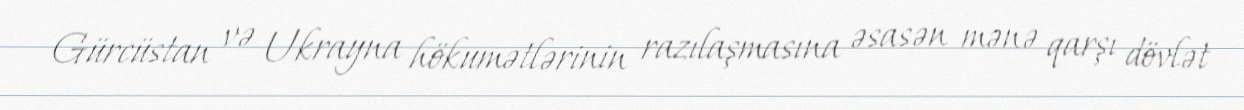
Gürcüstan və Ukrayna hökumətlərinin razılaşmasına əsasən mənə qarşı dövlət